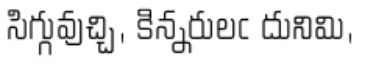
సిగ్గువుచ్చి, కిన్నరులఁ దునిమి,